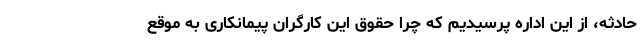
حادثه، از این اداره پرسیدیم که چرا حقوق این کارگران پیمانکاری به موقع